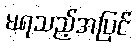
မရသည့်အပြင်